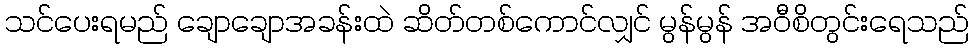
သင်ပေးရမည် ချောချောအခန်းထဲ ဆိတ်တစ်ကောင်လျှင် မွန်မွန် အဝီစိတွင်းရေသည်